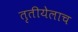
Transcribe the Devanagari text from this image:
तृतीयेलाच